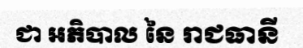
ជា អភិបាល នៃ រាជធានី